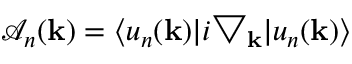
\mathcal { A } _ { n } ( \mathbf { k } ) = \langle u _ { n } ( \mathbf { k } ) | i \bigtriangledown _ { \mathbf { k } } | u _ { n } ( \mathbf { k } ) \rangle